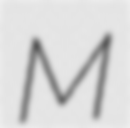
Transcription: M